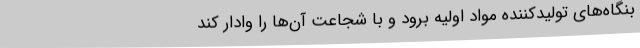
بنگاه‌های تولیدکننده مواد اولیه برود و با شجاعت آن‌ها را وادار کند